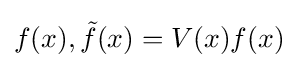
f(x),{\tilde {f}}(x)=V(x)f(x)